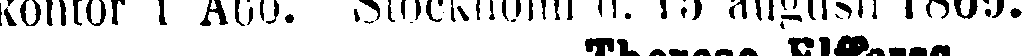
kontor i Abo. Stockholm d. 15 augusti 1860.